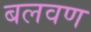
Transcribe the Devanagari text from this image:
बलवण